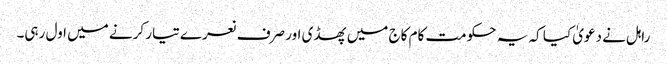
راہل نے دعویٰ کیا کہ یہ حکومت کام کاج میں پھسڈی اور صرف نعرے تیار کرنے میں اول رہی۔